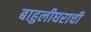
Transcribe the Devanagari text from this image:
बाहुलीघराची